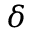
\delta